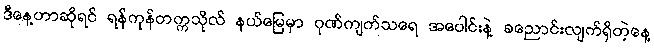
ဒီနေ့ဟာဆိုရင် ရန်ကုန်တက္ကသိုလ် နယ်မြေမှာ ဂုဏ်ကျက်သရေ အပေါင်းနဲ့ ခညောင်းလျက်ရှိတဲ့နေ့